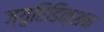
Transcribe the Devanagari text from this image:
ज्युरिडिक्शन